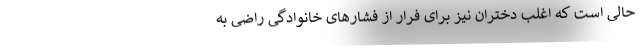
حالی است که اغلب دختران نیز برای فرار از فشارهای خانوادگی راضی به